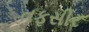
તફસીર